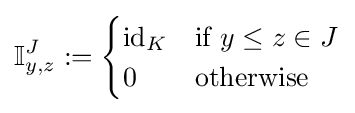
\mathbb {I} _{y,z}^{J}:={\begin{cases}\operatorname {id} _{K}&{\text{if }}y\leq z\in J\\0&{\text{otherwise }}\end{cases}}